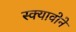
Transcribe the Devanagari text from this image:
स्क्यावोने